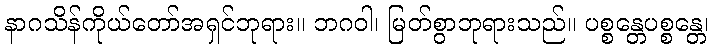
နာဂသိန်ကိုယ်တော်အရှင်ဘုရား။ ဘဂဝါ၊ မြတ်စွာဘုရားသည်။ ပစ္စန္တေပစ္စန္တေ၊